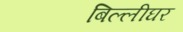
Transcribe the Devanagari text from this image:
बिल्लीघर